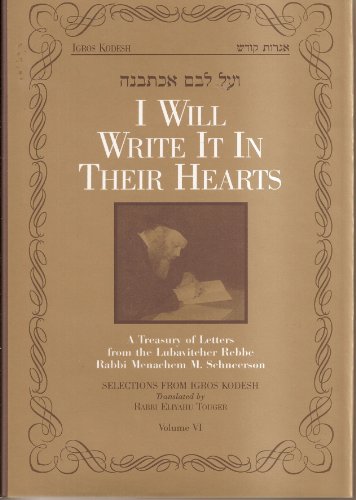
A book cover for I Will Write It in Their Heart; Menachem M. Schneerson; Religion & Spirituality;